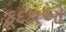
કૂદકાઓ